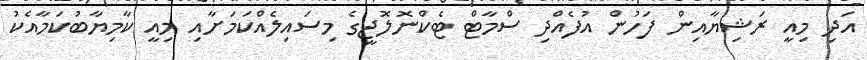
އަދި މިއީ ރަޝިޔާއިން ފަހުން އުފެއްދި ސްމާޓް ޓެކްނޮލޮޖީގެ މިސައިލެއްކަމަށާއި މިއީ ކާމިޔާބުކަމާއެކު